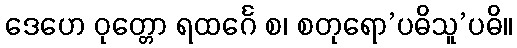
ဒေဟေ ဝုတ္တော ရထင်္ဂေ စ၊ စတုရော’ပဓိသူ’ပဓိ။